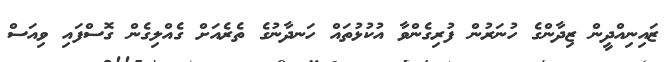
ޒައިނިއްދީން ޒިދާންގެ ހުނަރުން ފުރިގެންވާ އުކުޅުތައް ހަނދާނުގެ ތެރެއަށް ގެއްލިގެން ގޮސްފައި ވިއަސް